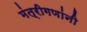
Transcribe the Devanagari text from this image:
मंत्रीगणांनी